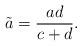
LaTeX: \begin{align*} \tilde{a} = \frac{ad}{c + d}.\end{align*}